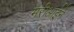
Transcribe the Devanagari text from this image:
मरीआईने